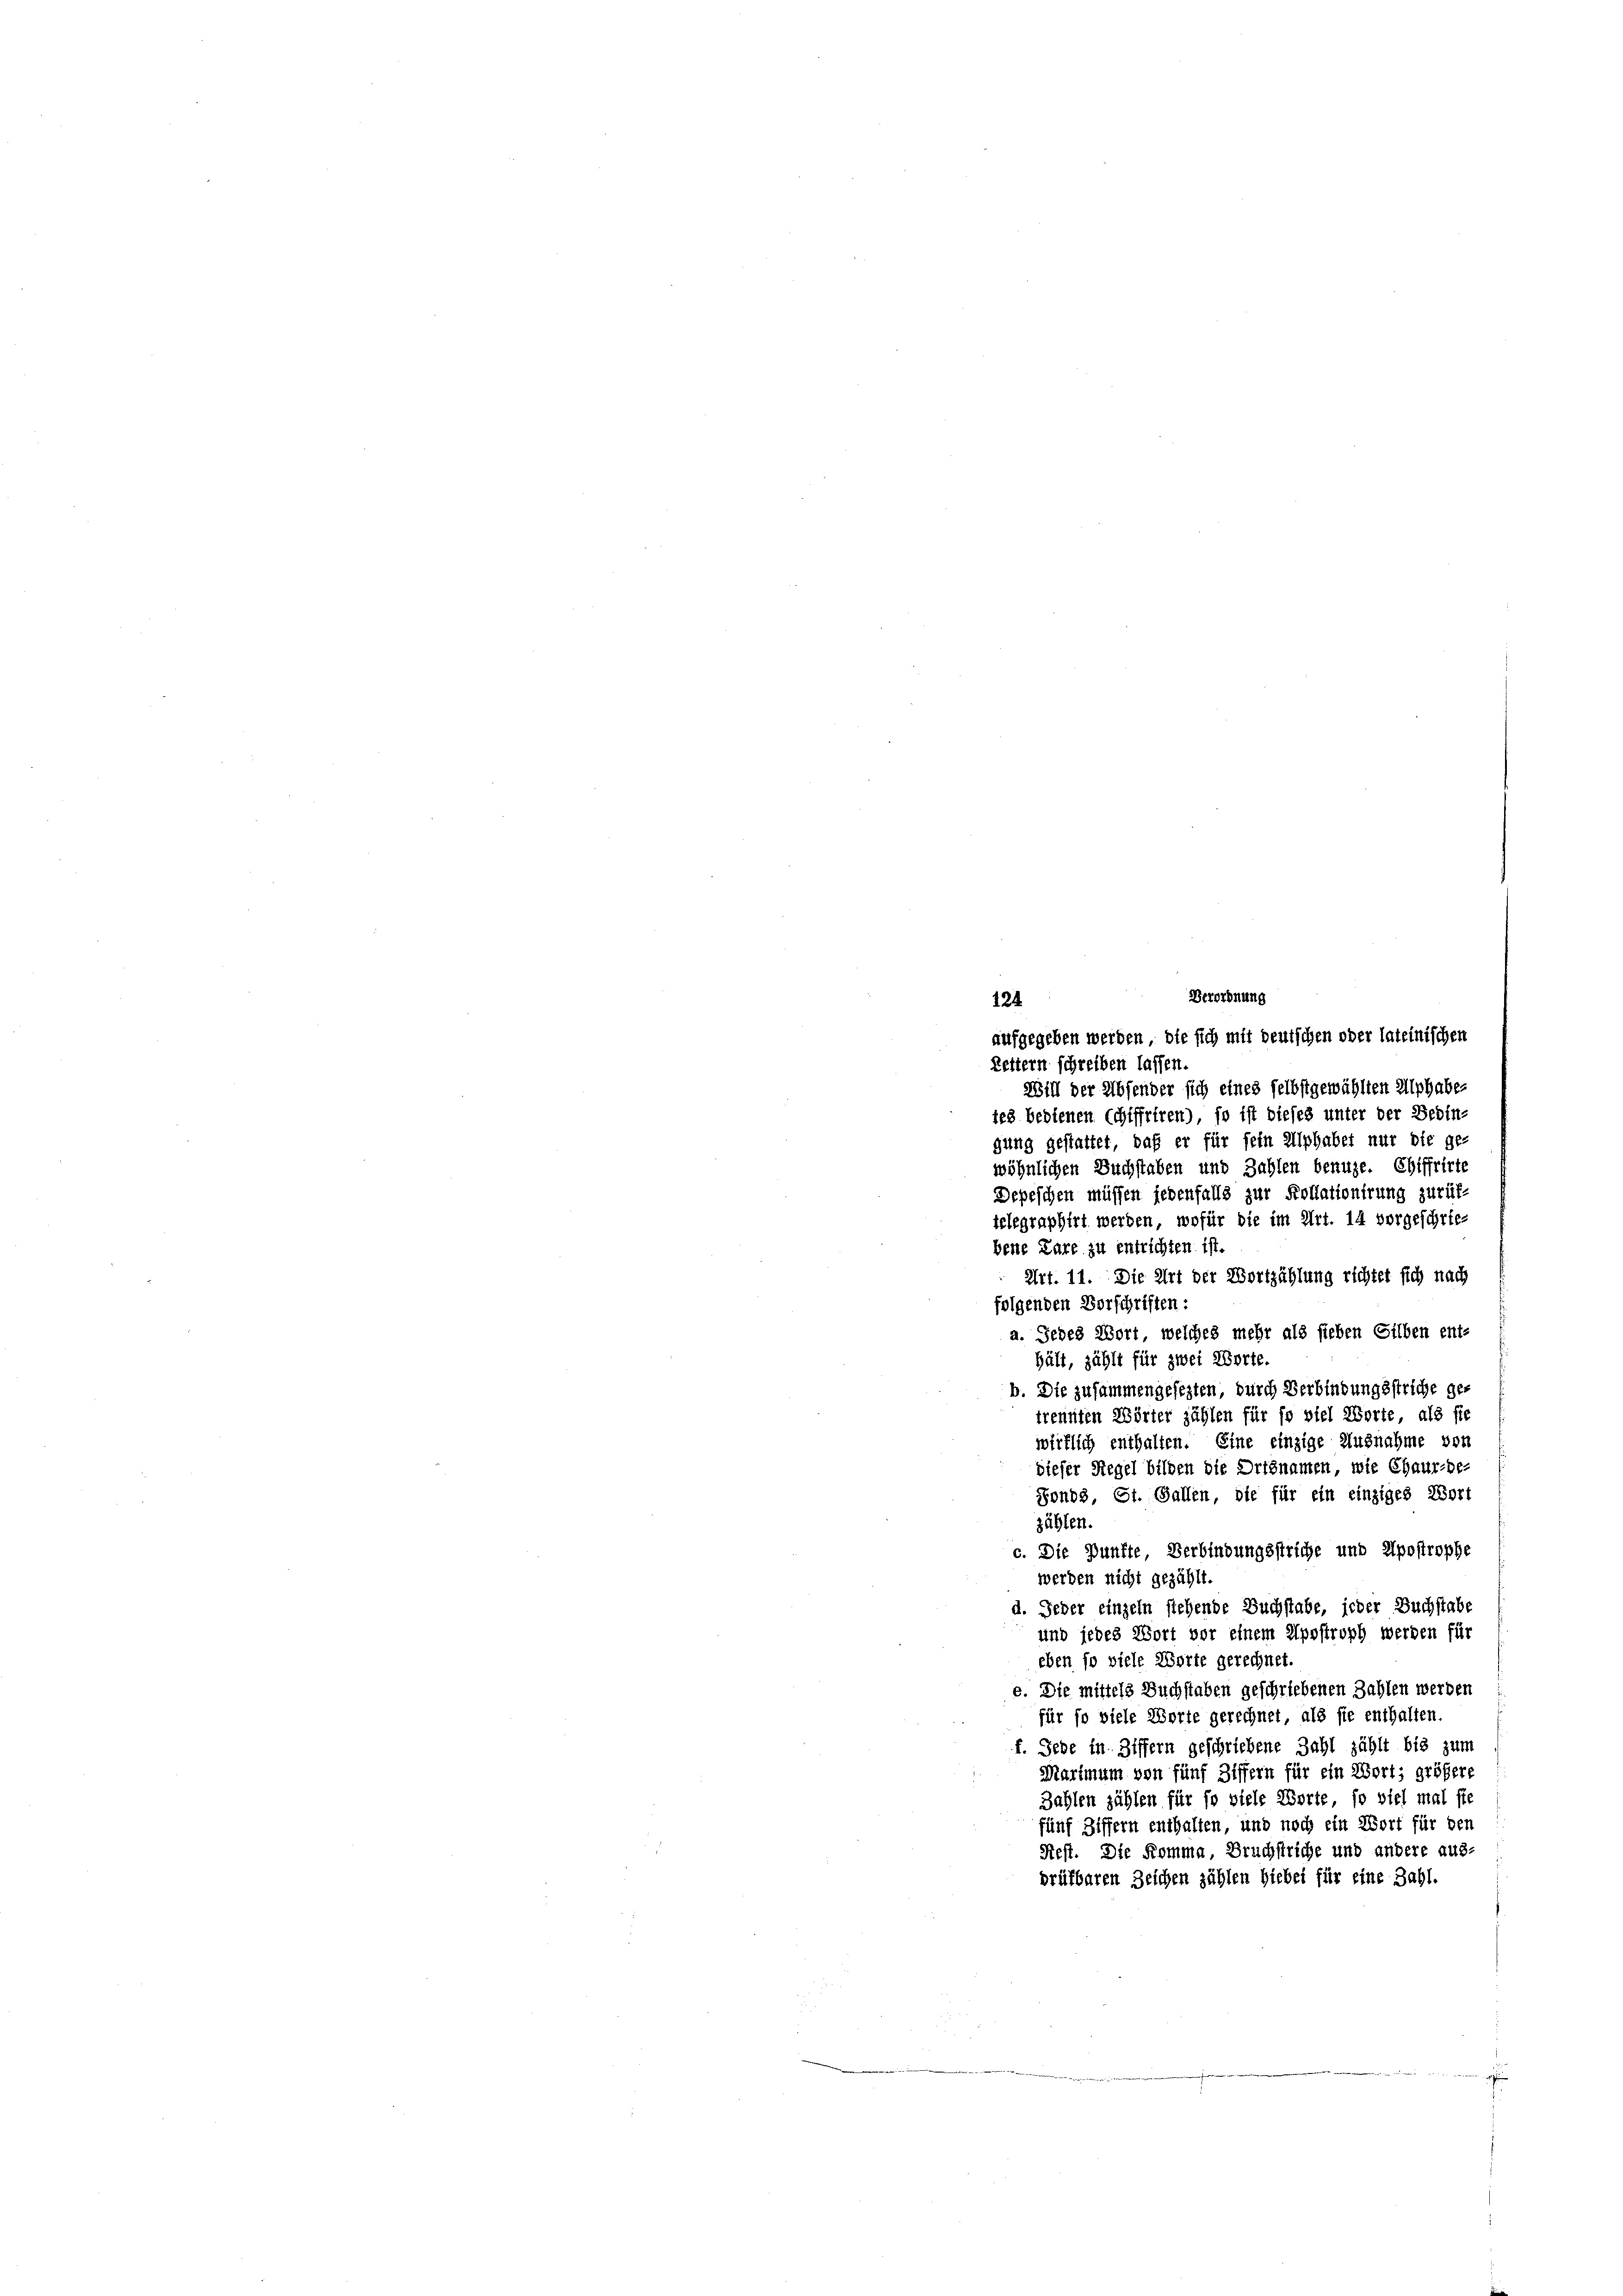
Verordnung
124
aufgegeben werden, die sich mit deutschen oder lateinischen
Lettern schreiben lassen.
Will der Absender sich eines selbstgewählten Alphabe-
tes bedienen Schiffriren), so ist dieses unter der Bedin-
gung gestattet, daß er für fein Alphaber nur die ge-
wöhnlichen Buchstaben und Zahlen benuze. Chiffrirte
Depeschen müssen jedenfalls zur Kollationirung zurük-
telegraphirt werden, wofür die im Art. 14 vorgeschriebene Lare zu entrichten ist.
Art. 11. Die Art der Wortzählung richtet sich nach
folgenden Vorschriften:
a. Jedes Wort, welches mehr als sieben Silben ent-
hält, zählt für zwei Worte.
b. Die zusammengesezten, durch Verbindungsstriche getrennten Wörter zählen für so viel Worte, als sie
wirklich enthalten. Eine einzige Ausnahme von
dieser Regel bilden die Ortsnamen, wie Chaux-de-
Sonbs, St. Gallen, die für ein einziges Wort
zählen.
c. Die Punkte Verbindungsstriche und Apostrophe
werden nicht gezählt.
d. Jeder einzeln stehende Buchstabe, jeder Buchstabe
und jedes Wort vor einem Apostroph werden für
eben so viele Worte gerechnet.
e. Die mittels Buchstaben geschriebenen Zahlen werden
für so viele Worte gerechnet, als sie enthalten
f. Jede in Ziffern geschriebene Zahl zählt bis zum
Martmum von fünf Ziffern für ein Wort, größere
Zahlen zählen für so viele Worte, so viel mal sie
fünf Ziffern enthalten, und noch ein Wort für den
Rest. Die Komma Bruchstriche und andere aus-
prüfbaren Zeichen zählen hiebei für eine Zahl.